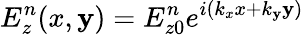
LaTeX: E_{z}^{n}(x,\mathbf{y})=E_{z0}^{n}e^{i(k_{x}x+k_{\mathbf{y}}\mathbf{y})}